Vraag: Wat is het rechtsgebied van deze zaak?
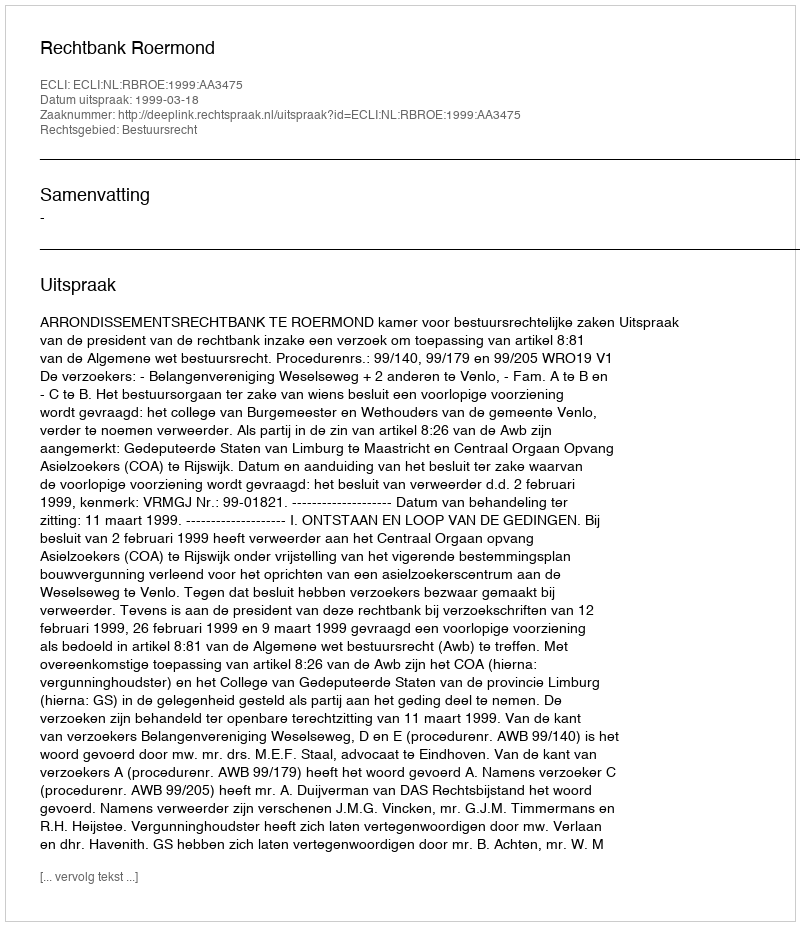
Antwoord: Bestuursrecht